Lunatic asylums Madras 1877-1891 - 1877-1891
Year: 1877
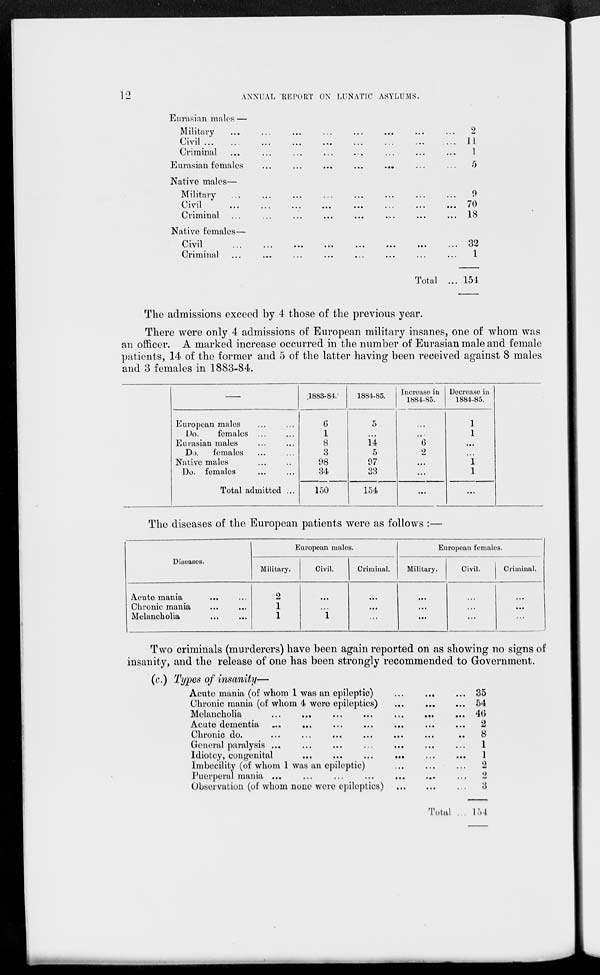
12
ANNUAL REPORT ON LUNATIC ASYLUMS.
Eurasian males —
Military
...
...
...
...
...
...
...
...
Civil ... ... ... ... ... ... ... ... ...
Criminal
...
...
...
...
...
...
...
...
Eurasian females ... ... ... ... ... ... ...
Native males—
Military
...
...
...
...
...
...
...
...
Civil ... ... ... ... ... ... ... ...
Criminal ... ... ... ... ... ... ... ...
Native females—
Civil ... ... ... ... ... ... ... ...
Criminal
...
...
...
...
...
...
...
...
Total ...
2
11
1
5
9
70
18
32
1
154
The admissions exceed by 4 those of the previous year.
There were only 4 admissions of European military insanes, one of whom was
an officer. A marked increase occurred in the number of Eurasian male and female
patients, 14 of the former and 5 of the latter having been received against 8 males
and 3 females in 1883-84.
—
European males ... ...
Do.
females ... ...
Eurasian males ... ...
Do. females ... ...
Native males ... ...
Do. females ... ...
Total admitted ...
1883-84.
6
1
8
3
98
34
150
1884.85.
5
...
14
5
97
33
154
Increase in
1884-85.
...
...
6
2
...
...
...
Decrease in
1884-85.
1
1
...
...
1
1
...
The diseases of the European patients were as follows :—
Diseases.
Acute mania ... ...
Chronic mania
...
...
Melancholia
...
...
European males.
Military.
2
1
1
Civil.
...
...
1
Criminal.
...
...
...
European females.
Military.
...
...
...
Civil.
...
...
...
Criminal.
...
...
...
Two criminals (murderers) have been again reported on as showing no signs of
insanity, and the release of one has been strongly recommended to Government.
(c.) Types of insanity—
Acute mania (of whom 1 was an epileptic)
...
...
...
Chronic mania (of whom 4 were epileptics)
...
...
...
Melancholia
...
...
...
...
...
...
...
Acute dementia
...
...
...
...
...
...
...
Chronic do.
...
...
...
...
...
...
...
General paralysis
...
...
...
...
...
...
...
Idiotcy, congenital
...
...
...
...
...
...
Imbecility (of whom 1 was an epileptic)
...
...
...
Puerperal mania
...
...
...
...
...
...
...
Observation (of whom none were epileptics)
...
...
...
Total ...
35
54
46
2
8
1
1
2
2
3
154